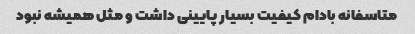
متاسفانه بادام کیفیت بسیار پایینی داشت و مثل همیشه نبود